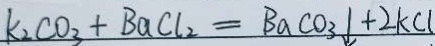
k _ { 2 } C O _ { 3 } + B a C l _ { 2 } = B a C O _ { 3 } \downarrow + 2 k C l